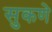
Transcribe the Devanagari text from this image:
सुकणे